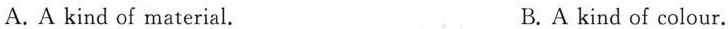
A. A kind of material. B.A kind of colour.